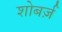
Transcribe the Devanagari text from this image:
शोबर्ज़